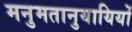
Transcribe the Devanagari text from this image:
मनुमतानुयायियों